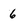
Character: 6